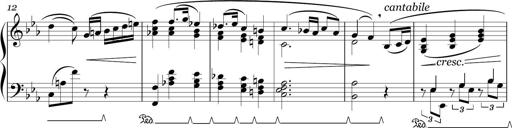
Title: Sonatina in E minor
Composer: Shuwen Zhang
Key: E minor